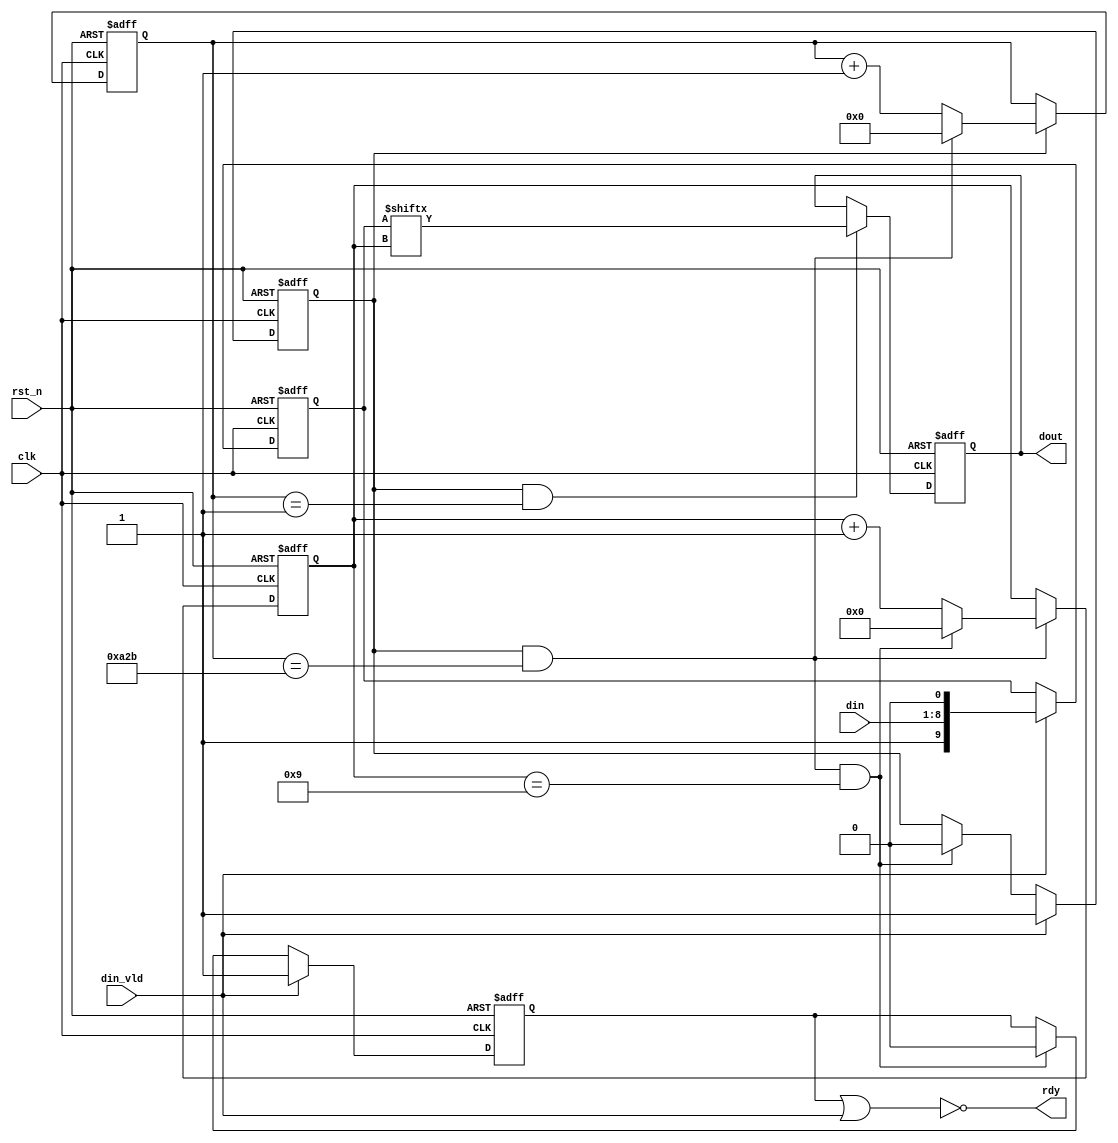
module uart_tx(
                 clk,
                 rst_n,
                 din,
                 din_vld,
                 rdy,
                 dout
             );
parameter         CNT_MAX = 2604;
parameter         DATA_W = 8;


input             clk;			
input             rst_n;		
input[DATA_W-1:0] din;
input             din_vld;	
output             rdy;
output reg           dout;

reg                 rdy_t;
reg  [31:0]         cnt0;
wire                add_cnt0;
wire                end_cnt0;

reg  [3:0]          cnt1;
wire                add_cnt1;
wire                end_cnt1;

reg                 flag_add;
reg  [9:0]          tx_data;

always @(posedge clk or negedge rst_n)begin
    if(!rst_n)begin
        cnt0 <= 0;
    end
    else if(add_cnt0)begin
        if(end_cnt0)
            cnt0 <= 0;
        else
            cnt0 <= cnt0 + 1'b1;
    end
end

assign add_cnt0 = (flag_add == 1'b1);
assign end_cnt0 = add_cnt0 && cnt0== (CNT_MAX - 1);

always @(posedge clk or negedge rst_n)begin 
    if(!rst_n)begin
        cnt1 <= 0;
    end
    else if(add_cnt1)begin
        if(end_cnt1)
            cnt1 <= 0;
        else
            cnt1 <= cnt1 + 1'b1;
    end
end

assign add_cnt1 = end_cnt0;
assign end_cnt1 = add_cnt1 && cnt1== (10 - 1);

always  @(posedge clk or negedge rst_n)begin
    if(rst_n==1'b0)begin
        flag_add <= 1'b0;
    end
    else if(din_vld == 1'b1)begin
        flag_add <= 1'b1;
    end
    else if(end_cnt1)begin
        flag_add <= 1'b0;
    end
end

always  @(posedge clk or negedge rst_n)begin
    if(rst_n==1'b0)begin
        tx_data <= 0;
    end
    else if(din_vld)begin
        tx_data <= {1'b1, din[7:0], 1'b0};
    end
end

always  @(posedge clk or negedge rst_n)begin
    if(rst_n==1'b0)begin
        rdy_t <= 1'b0;
    end
    else if(din_vld)begin
        rdy_t <= 1'b1;
    end
    else if(end_cnt1)begin
        rdy_t <= 1'b0;
    end
end

assign rdy = ~(rdy_t | din_vld);

always  @(posedge clk or negedge rst_n)begin
    if(rst_n==1'b0)begin
        dout <= 1'b1;
    end
    else if(add_cnt0 && (cnt0 == 1))begin
        dout <= tx_data[cnt1];
    end
end



endmodule